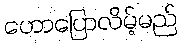
ဟောပြောလိမ့်မည်